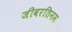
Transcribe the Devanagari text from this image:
जीवरतिनम